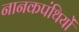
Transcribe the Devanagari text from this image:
नानकपंथियों